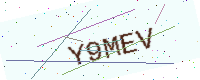
Text: Y9MEV